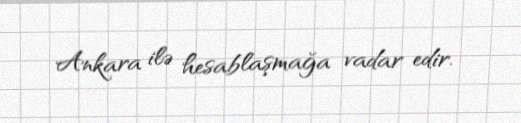
Ankara ilə hesablaşmağa vadar edir.